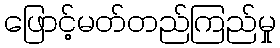
ဖြောင့်မတ်တည်ကြည်မှု